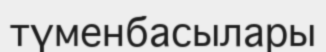
түменбасылары